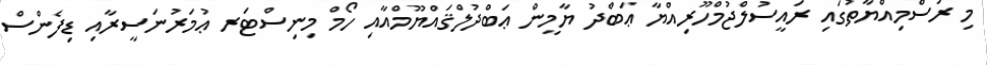
މި ރަސްމިއްޔާތުގައި ރައީސުލްޖުމްހޫރިއްޔާ ޢަބްދު ޔާމީން ޢަބްދުލްޤައްޔޫމްއާއި ހޯމް މިނިސްޓަރ ޢުމަރުނަސީރާއި ޑިފެންސް